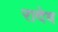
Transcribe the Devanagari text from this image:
रादेव